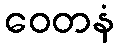
ဝေတနံ